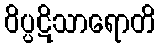
ဝိပ္ပဋိသာရောတိ